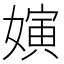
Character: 𱙫